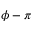
\phi - \pi